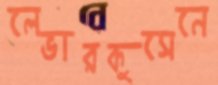
লেভারকুসেনে